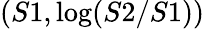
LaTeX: (S1,\log(S2/S1))